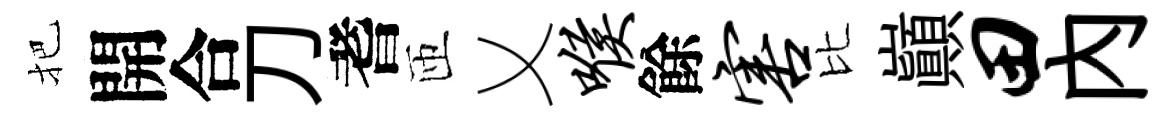
把開合刀耆匝乂喉餘害比巔田内